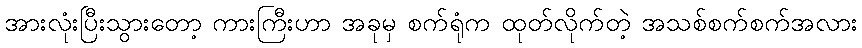
အားလုံးပြီးသွားတော့ ကားကြီးဟာ အခုမှ စက်ရုံက ထုတ်လိုက်တဲ့ အသစ်စက်စက်အလား